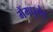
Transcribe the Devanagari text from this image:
मेंमधुमेह